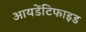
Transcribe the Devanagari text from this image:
आयडेंटिफाइड